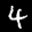
Label: 4